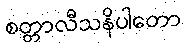
စတ္တာလီသနိပါတော